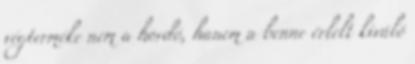
végterméke nem a hordó, hanem a benne érlelt kiváló